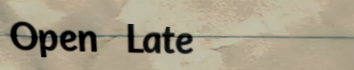
Open Late